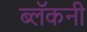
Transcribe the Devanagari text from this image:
ब्लॅकनी